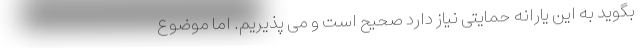
بگوید به این یارانه حمایتی نیاز دارد صحیح است و می پذیریم. اما موضوع